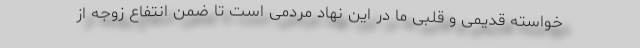
خواسته قدیمی و قلبی ما در این نهاد مردمی است تا ضمن انتفاع زوجه از